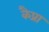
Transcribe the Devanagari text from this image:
कैप्रा